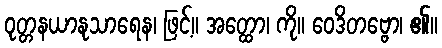
ဝုတ္တနယာနုသာရေန၊ ဖြင့်။ အတ္ထော၊ ကို။ ဝေဒိတဗ္ဗော၊ ၏။